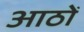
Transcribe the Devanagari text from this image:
आठोँ